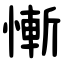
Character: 慚